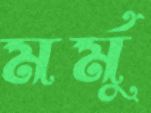
মর্মু